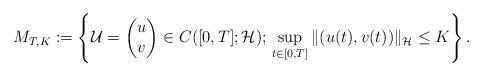
LaTeX: \begin{align*} M_{T,K} := \left\{ \mathcal{U} = \begin{pmatrix} u\\ v \end{pmatrix} \in C([0,T]; \mathcal{H}) ;\, \sup_{t\in [0,T]} \| (u(t), v(t)) \|_{\mathcal{H}} \le K \right\}.\end{align*}